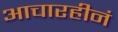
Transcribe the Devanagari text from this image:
आचारहीनं